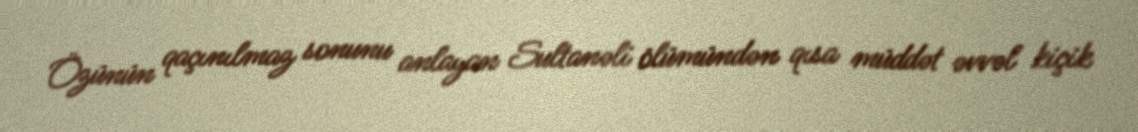
Özünün qaçınılmaz sonunu anlayan Sultanəli ölümündən qısa müddət əvvəl kiçik